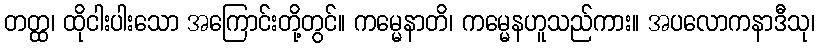
တတ္ထ၊ ထိုငါးပါးသော အကြောင်းတို့တွင်။ ကမ္မေနာတိ၊ ကမ္မေနဟူသည်ကား။ အပလောကနာဒီသု၊